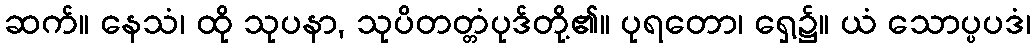
ဆက်။ နေသံ၊ ထို သုပနာ, သုပိတတ္တံပုဒ်တို့၏။ ပုရတော၊ ရှေ့၌။ ယံ သောပ္ပပဒံ၊